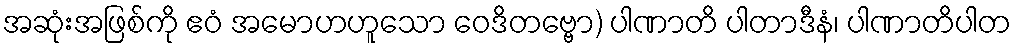
အဆုံးအဖြစ်ကို ဧဝံ အမောဟဟူသော ဝေဒိတဗ္ဗော) ပါဏာတိ ပါတာဒီနံ၊ ပါဏာတိပါတ